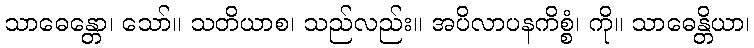
သာဓေန္တော၊ သော်။ သတိယာစ၊ သည်လည်း။ အပိလာပနကိစ္စံ၊ ကို။ သာဓေန္တိယာ၊